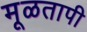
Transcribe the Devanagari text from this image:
मूळतापी